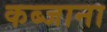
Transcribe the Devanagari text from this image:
कब्जाना